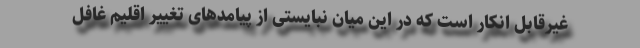
غیرقابل انکار است که در این میان نبایستی از پیامدهای تغییر اقلیم غافل